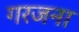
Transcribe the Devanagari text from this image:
गरजना